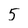
Character: 5